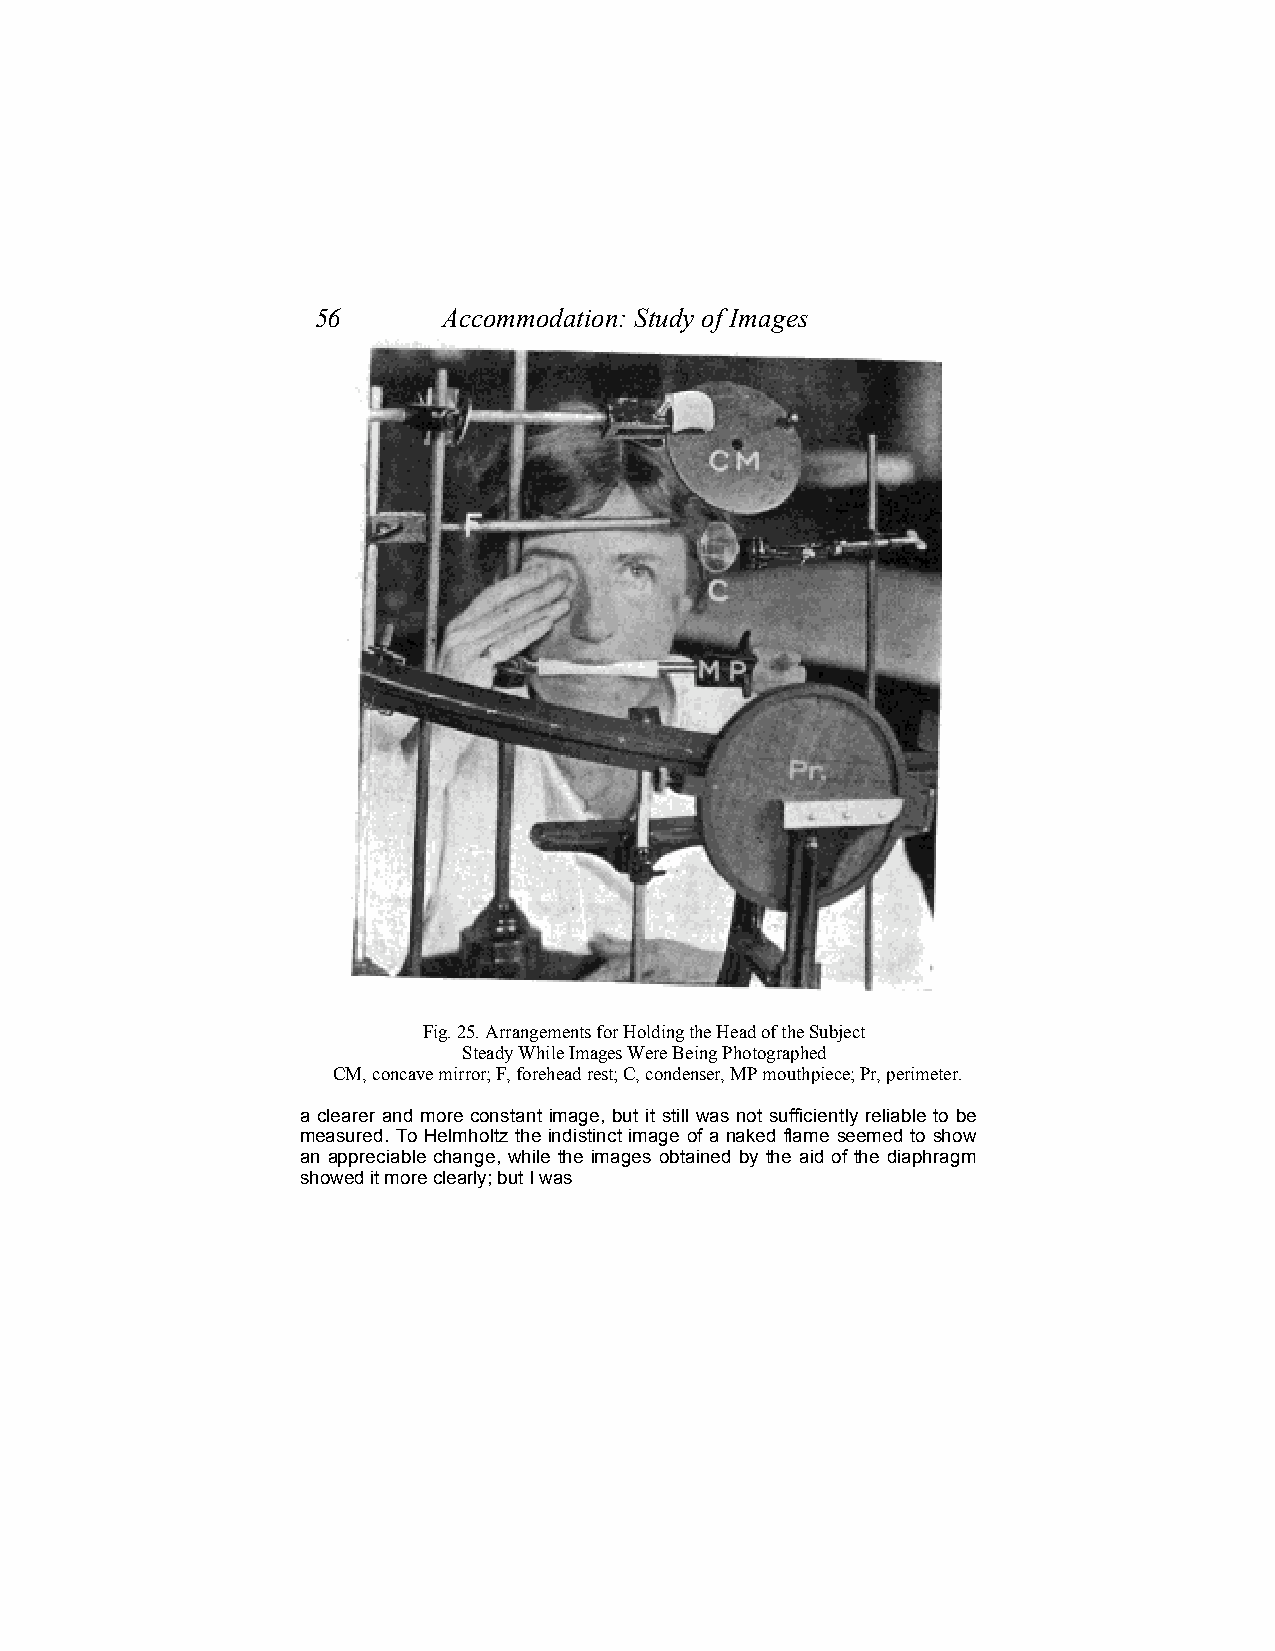
56      Accommodation: Study of Images
 Fig. 25. Arrangements for Holding the Head of the Subject
 Steady While Images Were Being Photographed
 CM, concave mirror; F, forehead rest; C, condenser, MP mouthpiece; Pr, perimeter.
 a clearer and more constant image, but it still was not sufficiently reliable to be
 measured. To Helmholtz the indistinct image of a naked flame seemed to show
 an appreciable change, while the images obtained by the aid of the diaphragm
 showed it more clearly; but I was